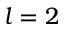
l = 2